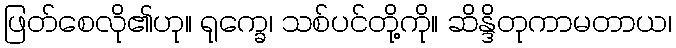
ဖြတ်စေလို၏ဟု။ ရုက္ခေ၊ သစ်ပင်တို့ကို။ ဆိန္ဒိတုကာမတာယ၊